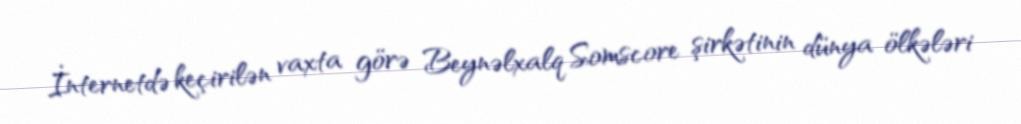
İnternetdə keçirilən vaxta görə Beynəlxalq Somscore şirkətinin dünya ölkələri